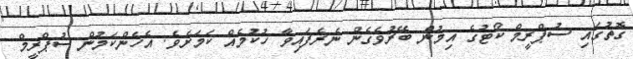
ގޮތުގައި ސުޕްރީމް ކޯޓުގެ އިމުން ބޭރުވެގެން ނެރެފައިވާ ހުކުމެއް ކަމަށެވެ. އެހެންކަމުން ސުޕްރީމް